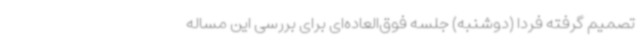
تصمیم گرفته فردا (دوشنبه) جلسه فوق‌العاده‌ای برای بررسی این مساله